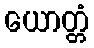
ယောတ္တံ